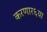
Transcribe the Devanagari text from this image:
करणार६या